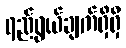
ရည်ရွယ်ချက်ရှိရှိ